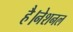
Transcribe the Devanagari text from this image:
है।नेशनल